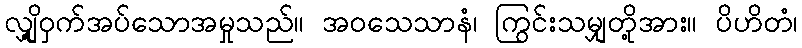
လျှို့ဝှက်အပ်သောအမှုသည်။ အဝသေသာနံ၊ ကြွင်းသမျှတို့အား။ ပိဟိတံ၊